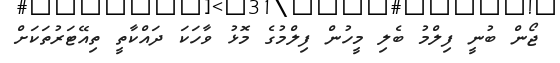
ޖޯން ބުނީ ފިލްމު ބެލި މީހުން ފިލްމުގެ މޮޅު ވާހަކަ ދައްކާތީ ތިއޭޓަރުތަކަށް